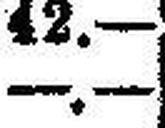
—.—